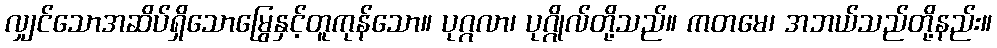
လျှင်သောအဆိပ်ရှိသောမြွေနှင့်တူကုန်သော။ ပုဂ္ဂလာ၊ ပုဂ္ဂိုလ်တို့သည်။ ကတမေ၊ အဘယ်သည်တို့နည်း။